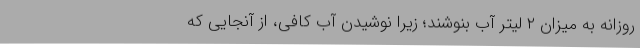
روزانه به میزان ۲ لیتر آب بنوشند؛ زیرا نوشیدن آب کافی، از آنجایی که